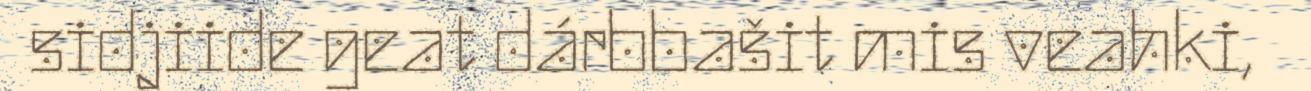
sidjiide geat dárbbašit mis veahki,